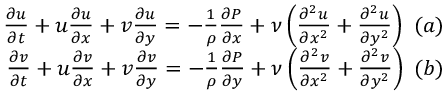
\begin{array} { r } { \frac { \partial u } { \partial t } + u \frac { \partial u } { \partial x } + v \frac { \partial u } { \partial y } = - \frac { 1 } { \rho } \frac { \partial P } { \partial x } + \nu \left( { \frac { \partial ^ { 2 } u } { \partial x ^ { 2 } } + \frac { \partial ^ { 2 } u } { \partial y ^ { 2 } } } \right) ~ ( a ) } \\ { \frac { \partial v } { \partial t } + u \frac { \partial v } { \partial x } + v \frac { \partial v } { \partial y } = - \frac { 1 } { \rho } \frac { \partial P } { \partial y } + \nu \left( { \frac { \partial ^ { 2 } v } { \partial x ^ { 2 } } + \frac { \partial ^ { 2 } v } { \partial y ^ { 2 } } } \right) ~ ( b ) } \end{array}